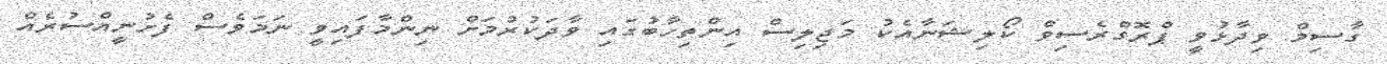
ގާސިމް ވިދާޅުވީ ޕްރޮގްރެސިވް ކޯލިޝަނާއެކު މަޖިލިސް އިންތިހާބުގައި ވާދަކުރުމަށް ނިންމާފައިވީ ނަމަވެސް ފެށުނީއްސުރެއް